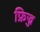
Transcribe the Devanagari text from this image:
फ्रिज्ज